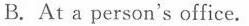
B. At a person's office.